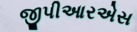
જીપીઆરએસ